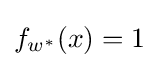
{\textstyle f_{w^{*}}(x)=1}